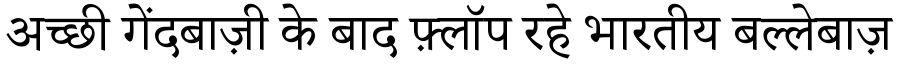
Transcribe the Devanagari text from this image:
अच्छी गेंदबाज़ी के बाद फ़्लॉप रहे भारतीय बल्लेबाज़